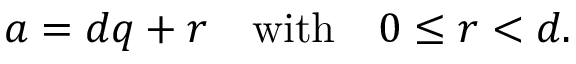
a = d q + r \quad { \mathrm { w i t h } } \quad 0 \leq r < d .